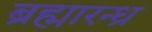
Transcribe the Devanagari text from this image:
ब्रह्मारन्ध्र